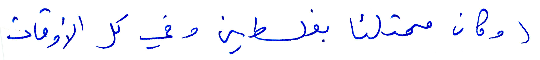
(وكان ممتلئا بفلسطين وفي كل الأوقات